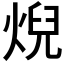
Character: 𤊓